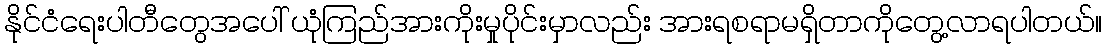
နိုင်ငံရေးပါတီတွေအပေါ် ယုံကြည်အားကိုးမှုပိုင်းမှာလည်း အားရစရာမရှိတာကိုတွေ့လာရပါတယ်။